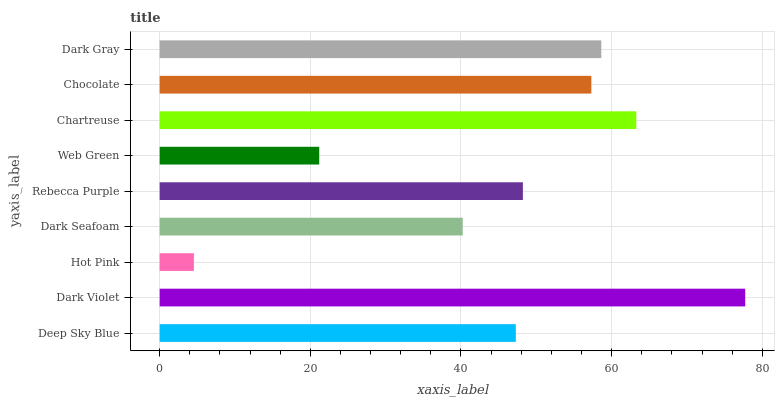
| yaxis_label | bars |
 | --- | --- |
 | Deep Sky Blue | 47.3 |
 | Dark Violet | 77.7 |
 | Hot Pink | 4.54 |
 | Dark Seafoam | 40.2 |
 | Rebecca Purple | 48.2 |
 | Web Green | 21.2 |
 | Chartreuse | 63.3 |
 | Chocolate | 57.3 |
 | Dark Gray | 58.6 |